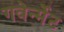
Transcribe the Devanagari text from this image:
गवेर्न्मेंट